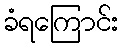
ခံရကြောင်း